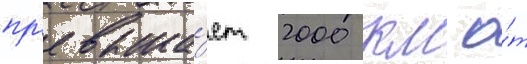
пр'евыша́ет 2000 км о́т